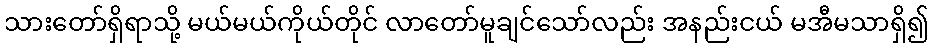
သားတော်ရှိရာသို့ မယ်မယ်ကိုယ်တိုင် လာတော်မူချင်သော်လည်း အနည်းငယ် မအီမသာရှိ၍